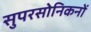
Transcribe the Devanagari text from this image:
सुपरसोनिकनों